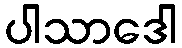
ပါသာဒေါ